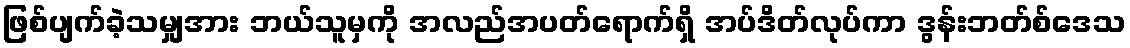
ဖြစ်ပျက်ခဲ့သမျှအား ဘယ်သူမှကို အလည်အပတ်ရောက်ရှိ အပ်ဒိတ်လုပ်ကာ ဒွန်းဘတ်စ်ဒေသ